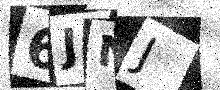
Text: 6JNJ